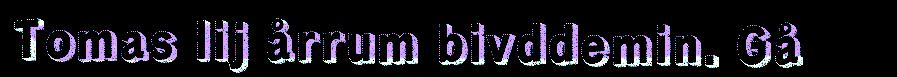
Tomas lij årrum bivddemin. Gå